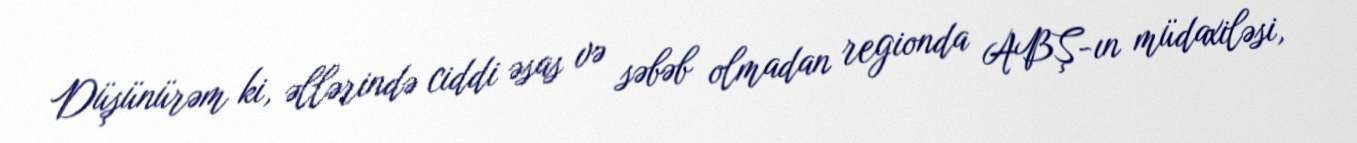
Düşünürəm ki, əllərində ciddi əsas və səbəb olmadan regionda ABŞ-ın müdaxiləsi,